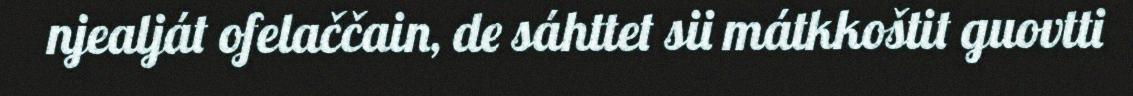
njealját ofelaččain, de sáhttet sii mátkkoštit guovtti